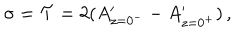
\sigma = { \cal T } = 2 ( A _ { z = 0 ^ { - } } ^ { \prime } - A _ { z = 0 ^ { + } } ^ { \prime } ) \, ,